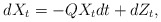
\begin{align*}dX_t = -Q X_t dt + dZ_t,\end{align*}